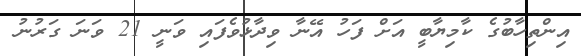
އިންތިހާބުގެ ކާމިޔާބީ އަށް ފަހު އޭނާ ވިދާޅުވެފައި ވަނީ 21 ވަނަ ގަރުނު